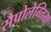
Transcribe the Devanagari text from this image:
सैप्रोलेग्निया